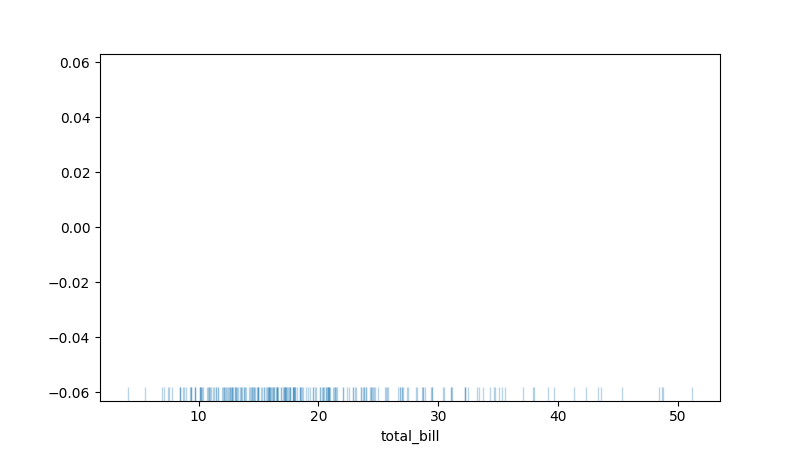
python, seaborn, rugplot, height=0.04, axis='x', alpha=0.3